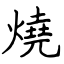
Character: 燒